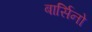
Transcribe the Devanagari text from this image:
बार्सिनो